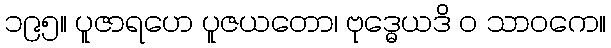
၁၉၅။ ပူဇာရဟေ ပူဇယတော၊ ဗုဒ္ဓေယဒိ ဝ သာဝကေ။